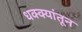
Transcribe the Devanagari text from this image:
धक्क्यांतून